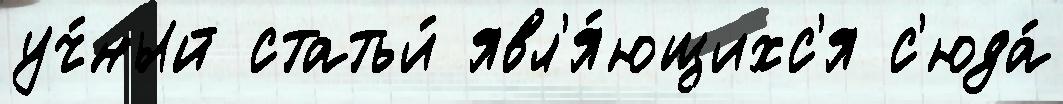
уч́ный статьи́ явл'я́ющихс'я с'юда́